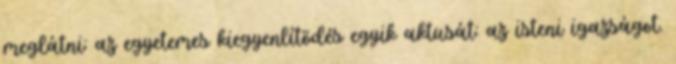
meglátni: az egyetemes kiegyenlítõdés egyik aktusát: az isteni igazságot.